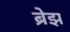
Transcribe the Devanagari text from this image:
ब्रेझ